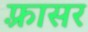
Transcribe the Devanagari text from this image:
फ़्रासर